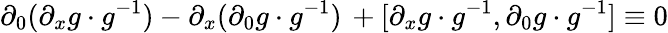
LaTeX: \partial_{0}(\partial_{x}g\cdot g^{-1})-\partial_{x}(\partial_{0}g\cdot g^{-1})\, +[\partial_{x}g\cdot g^{-1},\partial_{0}g\cdot g^{-1}]\equiv 0